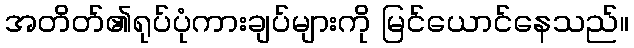
အတိတ်၏ရုပ်ပုံကားချပ်များကို မြင်ယောင်နေသည်။